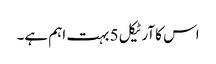
اس کا آرٹیکل 5 بہت اہم ہے۔